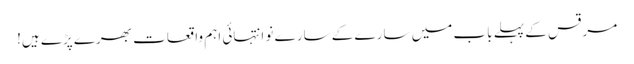
مرقس کے پہلے باب میں سارے کے سارے نو انتہائی اہم واقعات بھرے پڑے ہیں!